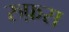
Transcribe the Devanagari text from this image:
रुफ़स